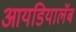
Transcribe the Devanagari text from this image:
आयडियालॅब